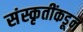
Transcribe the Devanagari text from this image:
संस्कृतींकडून